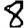
Digit: 8